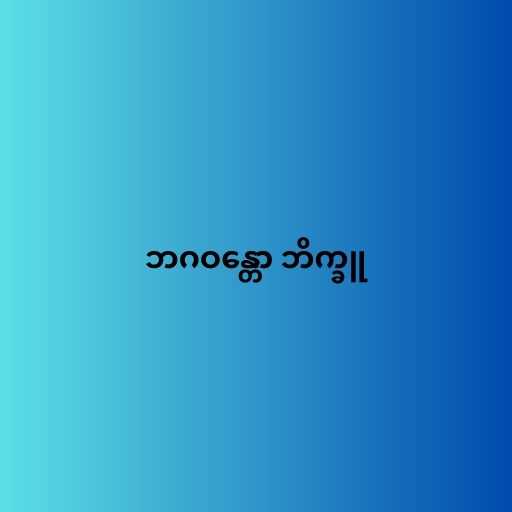
ဘဂဝန္တော ဘိက္ခူ